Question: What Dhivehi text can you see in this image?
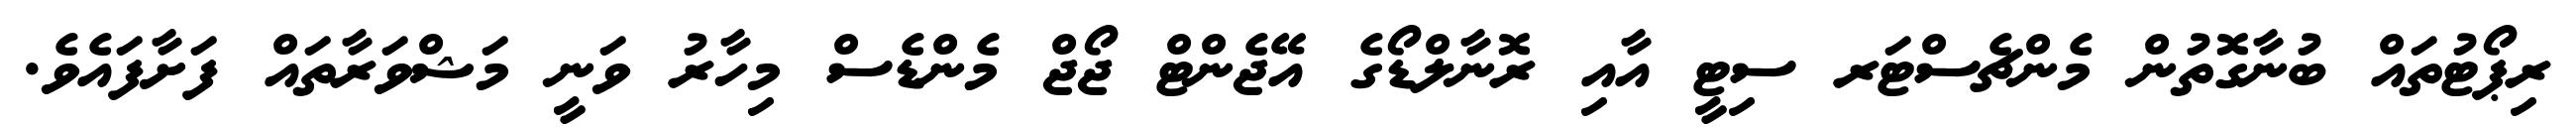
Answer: ރިޕޯޓުތައް ބުނާގޮތުން މެންޗެސްޓަރ ސިޓީ އާއި ރޮނާލްޑޯގެ އޭޖެންޓް ޖޯޖް މެންޑެސް މިހާރު ވަނީ މަޝްވަރާތައް ފަށާފައެވެ.